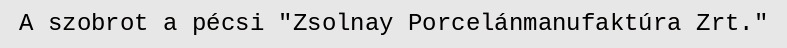
A szobrot a pécsi "Zsolnay Porcelánmanufaktúra Zrt."